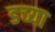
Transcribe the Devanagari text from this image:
डच्या